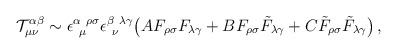
LaTeX: \begin{align*}{\cal T}^{\alpha\beta}_{\mu\nu} \sim\epsilon^{\alpha~\rho\sigma}_{~\mu} \epsilon^{\beta~\lambda\gamma}_{~\nu}\big( A F_{\rho\sigma}F_{\lambda\gamma} + B F_{\rho\sigma}\tilde F_{\lambda\gamma} + C \tilde F_{\rho\sigma}\tilde F_{\lambda\gamma} \big)\,,\end{align*}